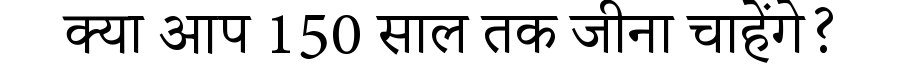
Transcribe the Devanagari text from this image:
क्या आप 150 साल तक जीना चाहेंगे?